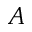
A